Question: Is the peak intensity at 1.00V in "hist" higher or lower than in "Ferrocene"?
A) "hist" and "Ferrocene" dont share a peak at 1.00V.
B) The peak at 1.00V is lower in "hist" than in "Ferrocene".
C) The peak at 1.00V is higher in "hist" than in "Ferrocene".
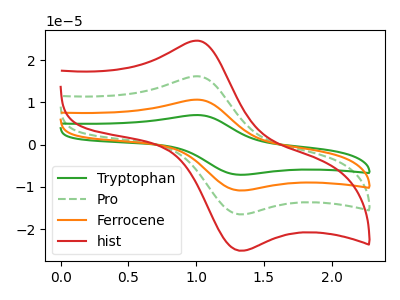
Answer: <think>The green curve "Tryptophan" has an anodic peak at (1.00V, 48.55uA) and a cathodic peak at (1.35V, -49.60uA). The green dashed curve "Pro" has an anodic peak at (1.00V, 16.20uA) and a cathodic peak at (1.35V, -16.55uA). The orange curve "Ferrocene" has an anodic peak at (1.00V, 32.40uA) and a cathodic peak at (1.35V, -33.10uA). The red curve "hist" has an anodic peak at (1.00V, 24.60uA) and a cathodic peak at (1.35V, -25.15uA).</think>
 <answer>B) The peak at 1.00V is lower in "hist" than in "Ferrocene".</answer>
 <eval>B</eval>